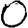
Digit: 0